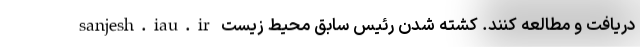
sanjesh.iau.ir دریافت و مطالعه کنند. کشته شدن رئیس سابق محیط زیست